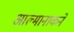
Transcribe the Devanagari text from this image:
आल्मानाकने